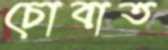
চোবাত